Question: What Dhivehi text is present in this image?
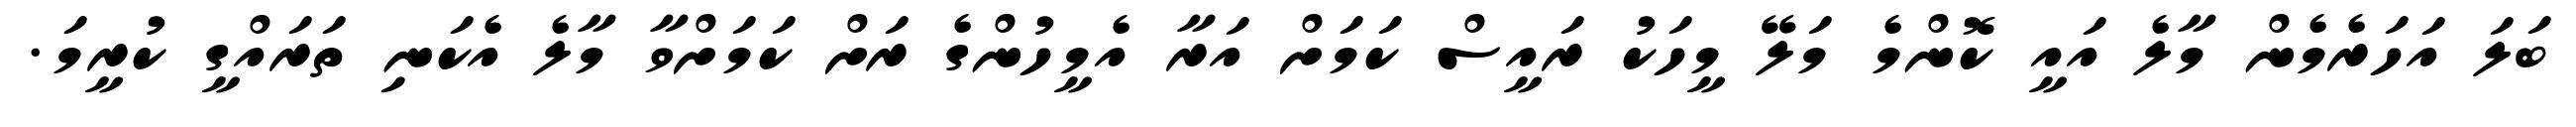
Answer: ބަލަ އަހަރެމެން މާލެ އައީ ކޮންމެ މަލޭ މީހަކު ރައީސް ކަމަށް އަރާ އެމީހުންގެ ރަށް ކަމަށްވާ މާލެ އެކަނި ތަރައްގީ ކުރީމަ.